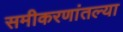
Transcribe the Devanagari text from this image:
समीकरणांतल्या